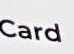
Card